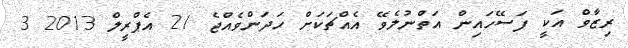
ރިޒާވް އަކީ ފަސޭހައިން އަތްނުލެވޭ އެއްޗަކަށް ހަދަންވެއްޖެ 21 އެޕްރީލް 2013 3